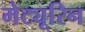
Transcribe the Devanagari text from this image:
मेट्यूरिन